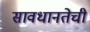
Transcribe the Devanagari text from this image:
सावधानतेची